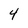
Character: 4